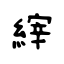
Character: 縡